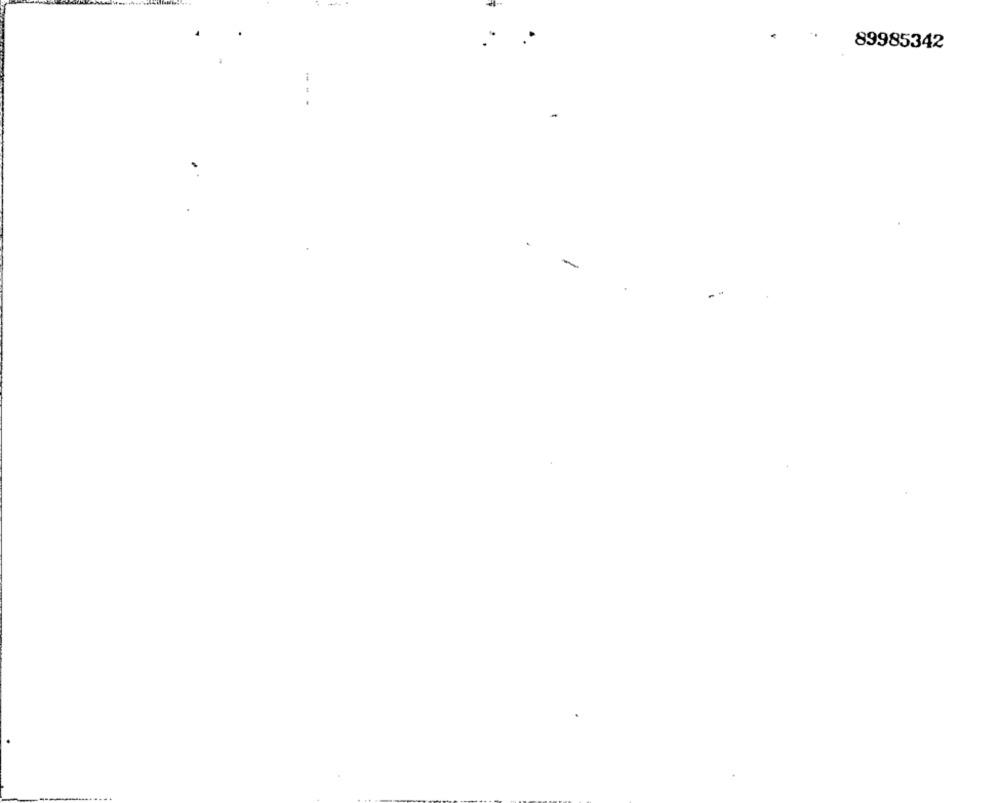
89985342
.